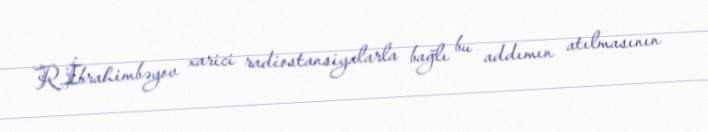
R.İbrahimbəyov xarici radiostansiyalarla bağlı bu addımın atılmasının